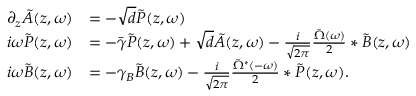
\begin{array} { r l } { \partial _ { z } \tilde { A } ( z , \omega ) } & { = - \sqrt { d } \tilde { P } ( z , \omega ) } \\ { i \omega \tilde { P } ( z , \omega ) } & { = - \bar { \gamma } \tilde { P } ( z , \omega ) + \sqrt { d } \tilde { A } ( z , \omega ) - \frac { i } { \sqrt { 2 \pi } } \frac { \tilde { \Omega } ( \omega ) } { 2 } * \tilde { B } ( z , \omega ) } \\ { i \omega \tilde { B } ( z , \omega ) } & { = - \gamma _ { B } \tilde { B } ( z , \omega ) - \frac { i } { \sqrt { 2 \pi } } \frac { \tilde { \Omega } ^ { * } ( - \omega ) } { 2 } * \tilde { P } ( z , \omega ) . } \end{array}